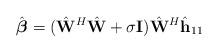
LaTeX: \begin{align*} \hat{\boldsymbol{\beta}}=(\hat{\mathbf{W}}^H\hat{\mathbf{W}}+\sigma\mathbf{I})\hat{\mathbf{W}}^H\hat{\mathbf{h}}_{11}\end{align*}